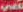
لاني